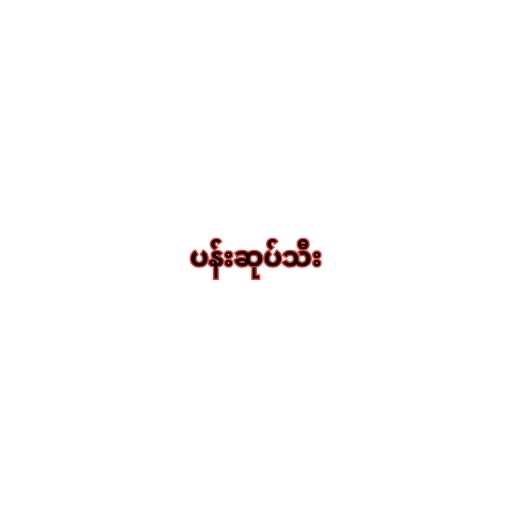
ပန်းဆုပ်သီး